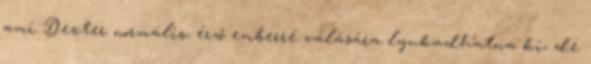
ami Dexter normális, érző emberré válására lyukadhatna ki, de